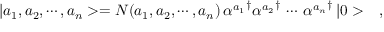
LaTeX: | a _ { 1 } , a _ { 2 } , \cdots , a _ { n } > = N ( a _ { 1 } , a _ { 2 } , \cdots , a _ { n } ) \, { \alpha ^ { a _ { 1 } } } ^ { \dagger } { \alpha ^ { a _ { 2 } } } ^ { \dagger } \, \cdots \, { \alpha ^ { a _ { n } } } ^ { \dagger } \, | 0 > \ \ \ ,